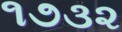
૧૭૩૨